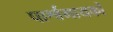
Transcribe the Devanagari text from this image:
पार्श्वगायकों